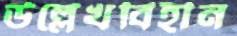
উল্লেখবিহীন